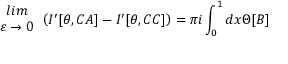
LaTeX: \begin{array} { c } { { l i m } } \\ { { \varepsilon \rightarrow 0 } } \end{array} \left( I ^ { \prime } [ \theta , C A ] - I ^ { \prime } [ \theta , C C ] \right) = \pi i \int _ { 0 } ^ { 1 } d x \Theta [ B ]